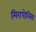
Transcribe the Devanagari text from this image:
मिरापोलिस